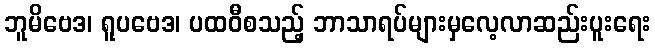
ဘူမိဗေဒ၊ ရူပဗေဒ၊ ပထဝီစသည့် ဘာသာရပ်များမှလေ့လာဆည်းပူးရေး